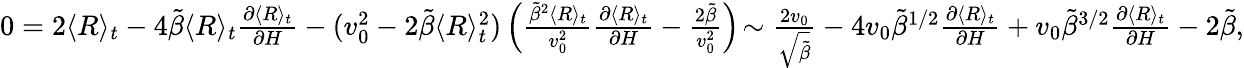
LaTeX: \begin{array}{r}{0=2\langle R\rangle_{t}-4\tilde{\beta}\langle R\rangle_{t}\frac{\partial\langle R\rangle_{t}}{\partial H}-(v_{0}^{2}-2\tilde{\beta}\langle R\rangle_{t}^{2})\left(\frac{\tilde{\beta}^{2}\langle R\rangle_{t}}{v_{0}^{2}}\frac{\partial\langle R\rangle_{t}}{\partial H}-\frac{2\tilde{\beta}}{v_{0}^{2}}\right)\! \sim\frac{2v_{0}}{\sqrt{\tilde{\beta}}}-4v_{0}\tilde{\beta}^{1/2}\frac{\partial\langle R\rangle_{t}}{\partial H}+v_{0}\tilde{\beta}^{3/2}\frac{\partial\langle R\rangle_{t}}{\partial H}-2\tilde{\beta},}\end{array}